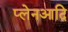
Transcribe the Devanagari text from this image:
प्लेनआदि